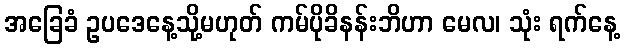
အခြေခံ ဥပဒေနေ့သို့မဟုတ် ကမ်ပိုခိနန်းဘိဟာ မေလ၊ သုံး ရက်နေ့